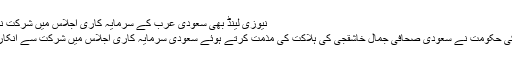
نیوزی لینڈ بھی سعودی عرب کے سرمایہ کاری اجلاس میں شرکت نہیں کرے گا
نیوزی لینڈ کی حکومت نے سعودی صحافی جمال خاشقجی کی ہلاکت کی مذمت کرتے ہوئے سعودی سرمایہ کاری اجلاس میں شرکت سے انکار کر دیا ہے۔